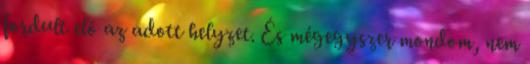
fordult elő az adott helyzet. És mégegyszer mondom, nem